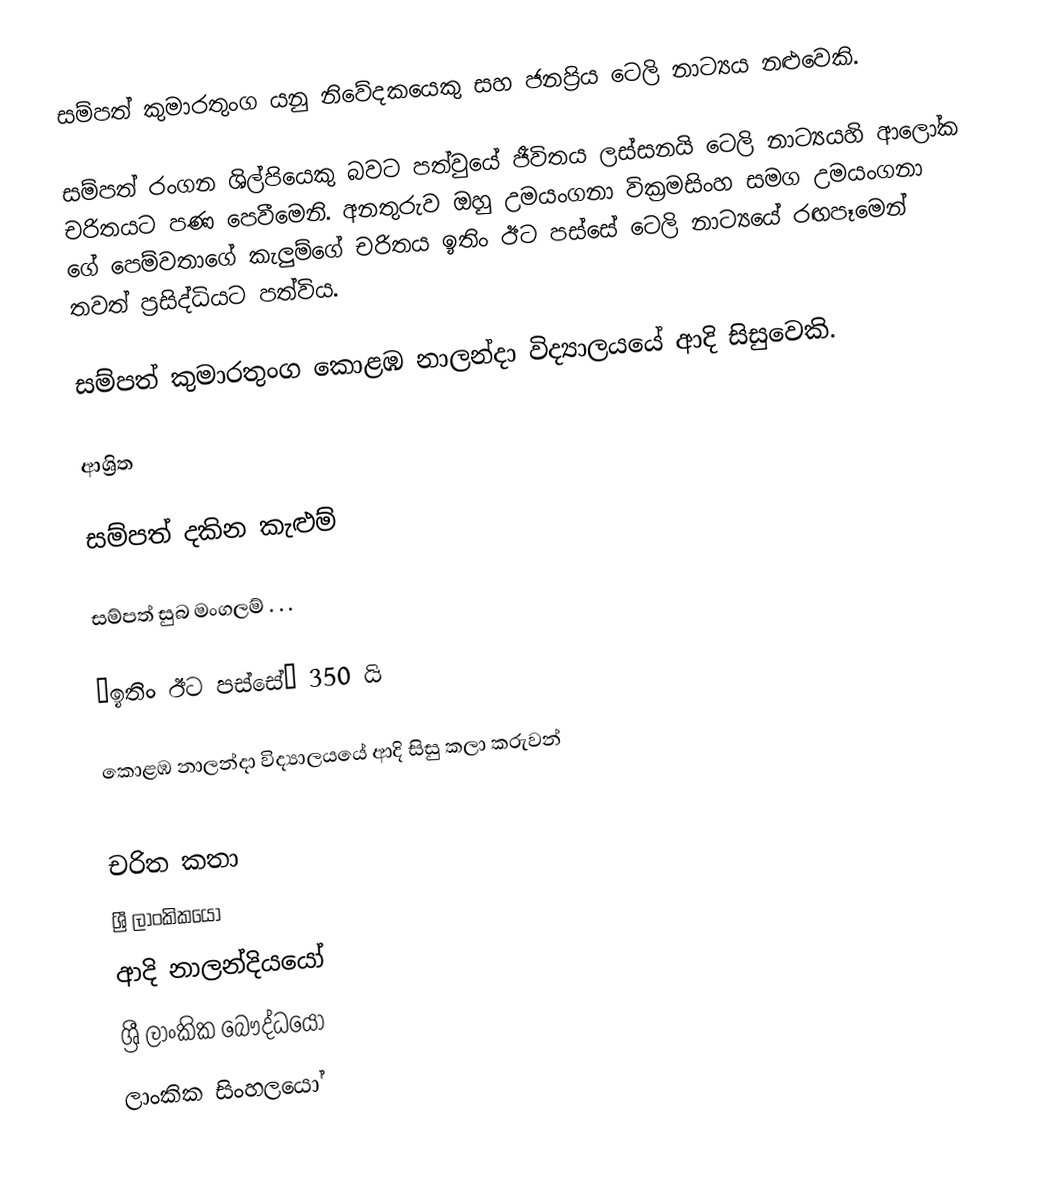
සම්පත් කුමාරතුංග  යනු  නිවේදකයෙකු සහ  ජනප්‍රිය ටෙලි නාට්‍යය නළුවෙකි.

සම්පත් රංගන ශිල්පියෙකු බවට පත්වුයේ ජීවිතය ලස්සනයි ටෙලි නාට්‍යයහි ආලෝක  චරිතයට පණ පෙවීමෙනි. අනතුරුව ඔහු උමයංගනා වික්‍රමසිංහ සමග උමයංගනා ගේ පෙම්වතාගේ කැලුම්ගේ චරිතය ඉතිං ඊට පස්සේ ටෙලි නාට්‍යයේ  රඟපෑමෙන් තවත් ප්‍රසිද්ධියට පත්විය.

සම්පත් කුමාරතුංග  කොළඹ නාලන්දා විද්‍යාලයයේ ආදි සිසුවෙකි.

ආශ්‍රිත

 සම්පත් දකින කැළුම්

 සම්පත් සුබ මංගලම් . . .

‘ඉතිං ඊට පස්සේ’ 350 යි

 කොළඹ නාලන්දා විද්‍යාලයයේ ආදි සිසු කලා කරුවන්

චරිත කතා
ශ්‍රී ලාංකිකයෝ
ආදි නාලන්දියයෝ
ශ්‍රී ලාංකික බෞද්ධයෝ
ලාංකික සිංහලයෝ